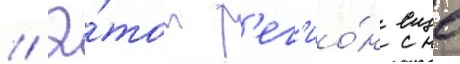
// Э́тот р'ег'ио́н еще